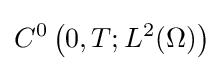
C^{0}\left(0,T;L^{2}(\Omega )\right)